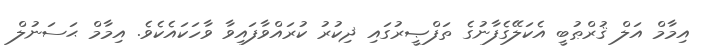
އިމާމް އަލް ޤުރްޠުބީ އެކަލޭގެފާނުގެ ތަފްޞީރުގައި ޛިކުރު ކުރައްވާފައިވާ ވާހަކައެކެވެ. އިމާމް ޙަސަނުލް